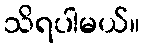
သိရပါမယ်။